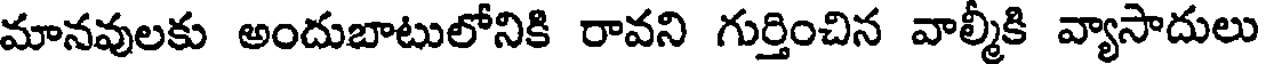
మానవులకు అందుబాటులోనికి రావని గుర్తించిన వాల్మీకి వ్యాసాదులు